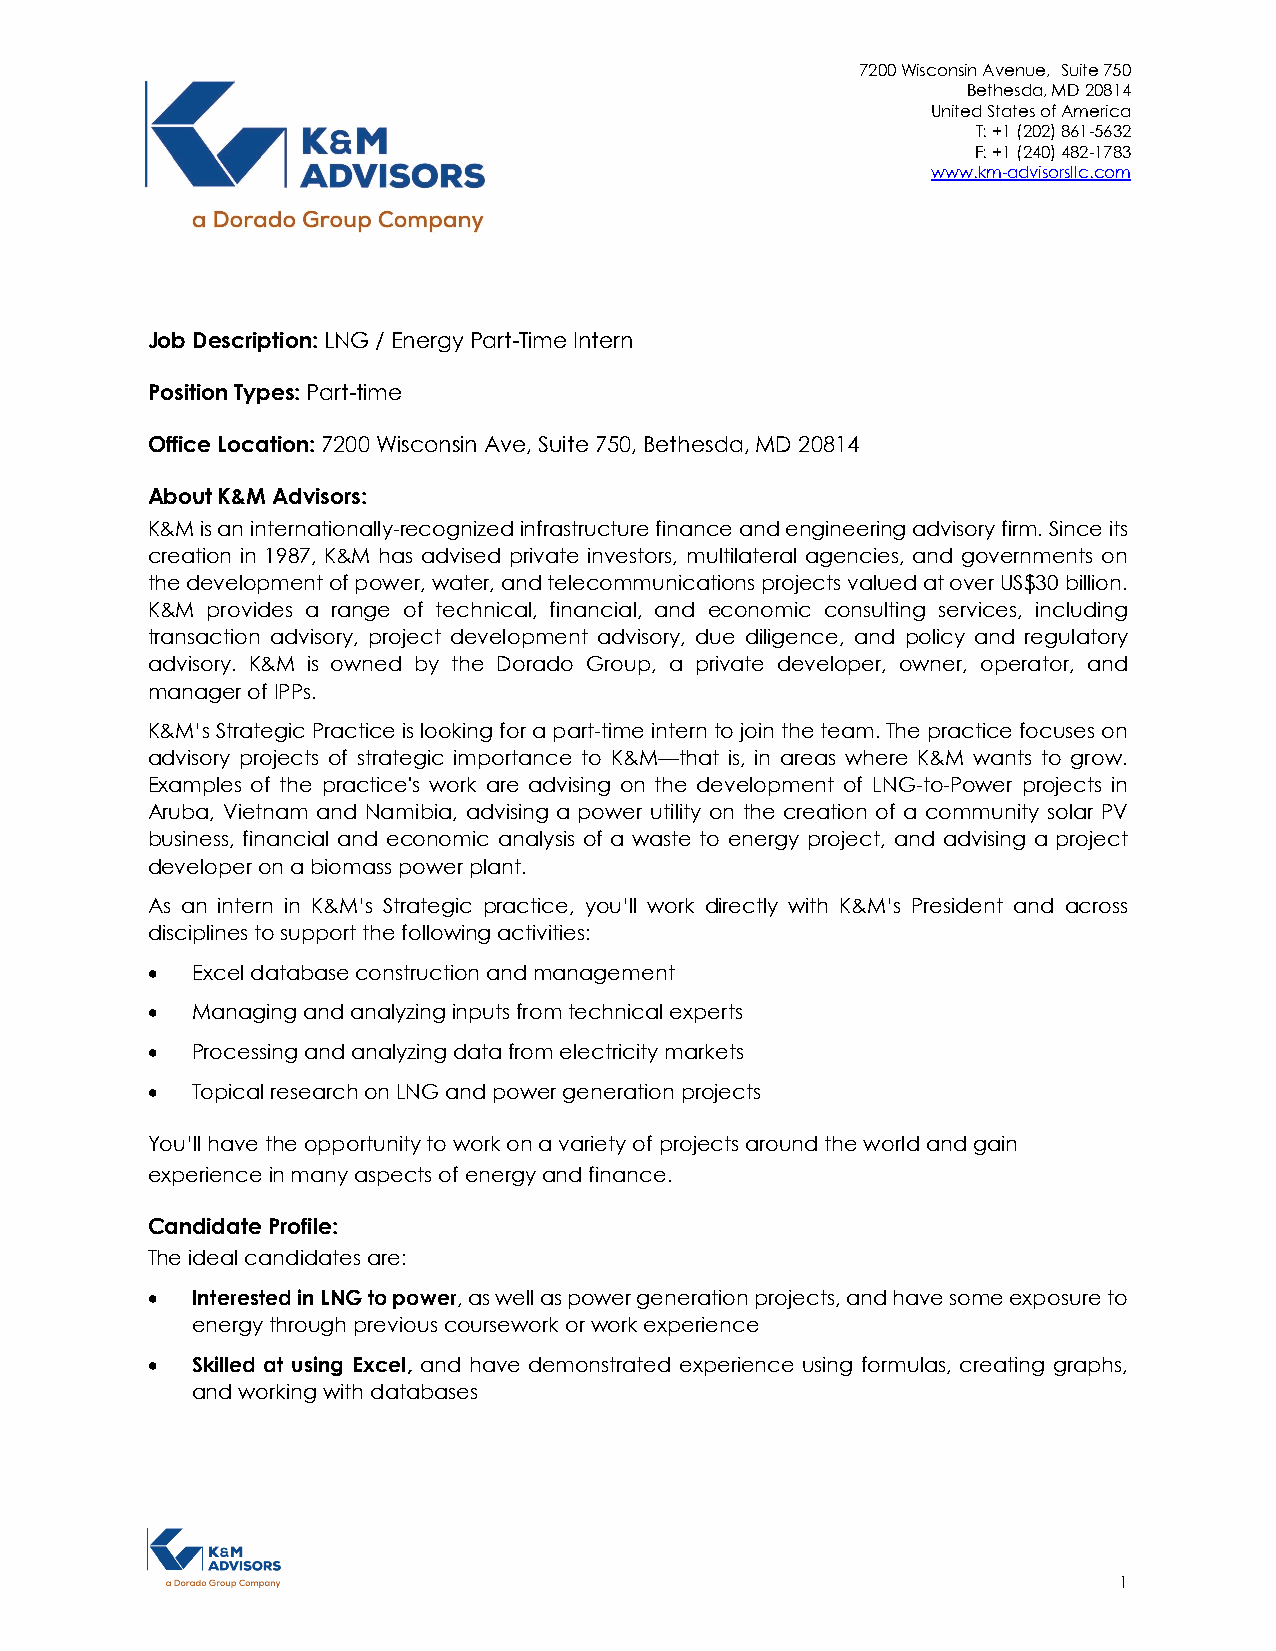
7200 Wisconsin Avenue, Suite 750
 Bethesda, MD 20814
 United States of America
 T: +1 (202) 861-5632
 F: +1 (240) 482-1783
 www.km-advisorsllc.com
 Job Description: LNG / Energy Part-Time Intern
 Position Types: Part-time
 Office Location: 7200 Wisconsin Ave, Suite 750, Bethesda, MD 20814
 About K&M Advisors:
 K&M is an internationally-recognized infrastructure finance and engineering advisory firm. Since its
 creation in 1987, K&M has advised private investors, multilateral agencies, and governments on
 the development of power, water, and telecommunications projects valued at over US$30 billion.
 K&M provides a range of technical, financial, and economic consulting services, including
 transaction advisory, project development advisory, due diligence, and policy and regulatory
 advisory. K&M is owned by the Dorado Group, a private developer, owner, operator, and
 manager of IPPs.
 K&M’s Strategic Practice is looking for a part-time intern to join the team. The practice focuses on
 advisory projects of strategic importance to K&M—that is, in areas where K&M wants to grow.
 Examples of the practice's work are advising on the development of LNG-to-Power projects in
 Aruba, Vietnam and Namibia, advising a power utility on the creation of a community solar PV
 business, financial and economic analysis of a waste to energy project, and advising a project
 developer on a biomass power plant.
 As an intern in K&M’s Strategic practice, you’ll work directly with K&M’s President and across
 disciplines to support the following activities:
 •  Excel database construction and management
 •  Managing and analyzing inputs from technical experts
 •  Processing and analyzing data from electricity markets
 •  Topical research on LNG and power generation projects
 You’ll have the opportunity to work on a variety of projects around the world and gain
 experience in many aspects of energy and finance.
 Candidate Profile:
 The ideal candidates are:
 •  Interested in LNG to power, as well as power generation projects, and have some exposure to
 energy through previous coursework or work experience
 •  Skilled at using Excel, and have demonstrated experience using formulas, creating graphs,
 and working with databases
 1